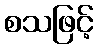
စသဖြင့်